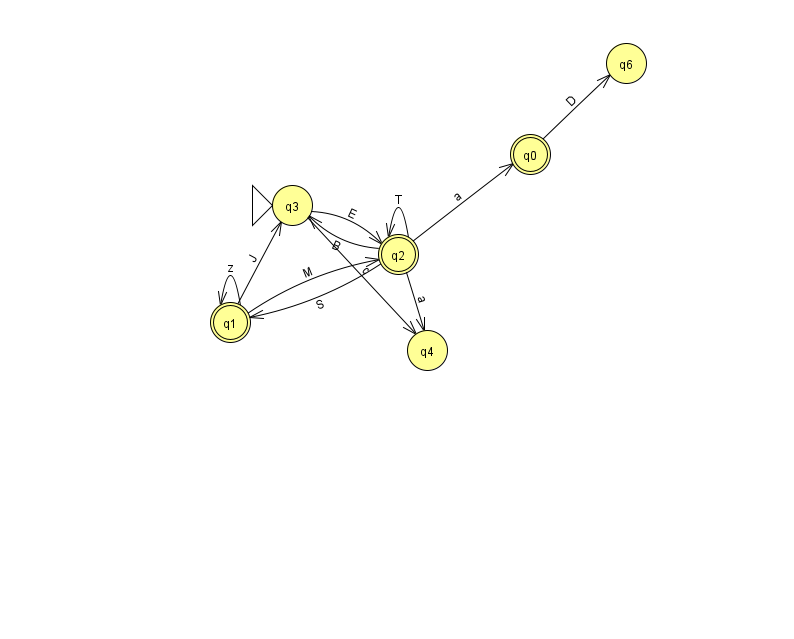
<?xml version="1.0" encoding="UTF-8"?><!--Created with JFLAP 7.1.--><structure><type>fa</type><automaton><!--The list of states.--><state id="0" name="q0"><x>530.0</x><y>141.0</y><final/></state><state id="1" name="q1"><x>230.0</x><y>309.0</y><final/></state><state id="2" name="q2"><x>398.0</x><y>241.0</y><final/></state><state id="3" name="q3"><x>292.0</x><y>192.0</y><initial/></state><state id="4" name="q4"><x>427.0</x><y>337.0</y></state><state id="6" name="q6"><x>626.0</x><y>50.0</y></state><!--The list of transitions.--><transition><from>0</from><to>6</to><read>D</read></transition><transition><from>2</from><to>0</to><read>a</read></transition><transition><from>2</from><to>2</to><read>T</read></transition><transition><from>2</from><to>1</to><read>S</read></transition><transition><from>3</from><to>4</to><read>c</read></transition><transition><from>1</from><to>3</to><read>J</read></transition><transition><from>2</from><to>3</to><read>B</read></transition><transition><from>1</from><to>1</to><read>z</read></transition><transition><from>1</from><to>2</to><read>M</read></transition><transition><from>2</from><to>4</to><read>a</read></transition><transition><from>3</from><to>2</to><read>E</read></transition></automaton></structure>